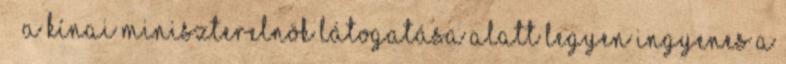
› ›A kínai miniszterelnök látogatása alatt legyen ingyenes a